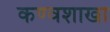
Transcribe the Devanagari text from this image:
कण्वशाखा